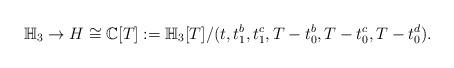
LaTeX: \begin{align*}\mathbb{H}_3 \rightarrow H\cong \mathbb{C}[T]:= \mathbb{H}_3[T]/(t,t_1^b, t_1^c, T-t_0^b, T-t_0^c, T-t_0^d).\end{align*}